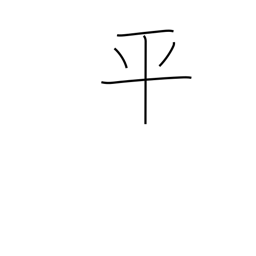
Meaning: even